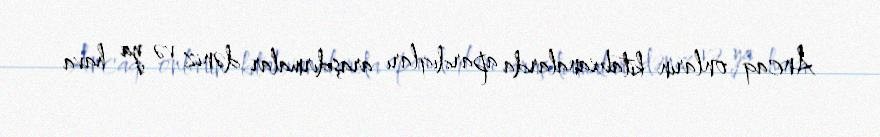
Ancaq onların kitabxanalarda apardıqları araşdırmalar dəniz və ya hava